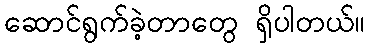
ဆောင်ရွက်ခဲ့တာတွေ ရှိပါတယ်။